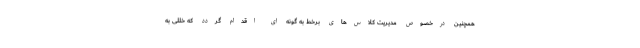
همچنین درخصوص مدیریت کلاس‌های برخط به گونه ای اقدام گردد که خللی به